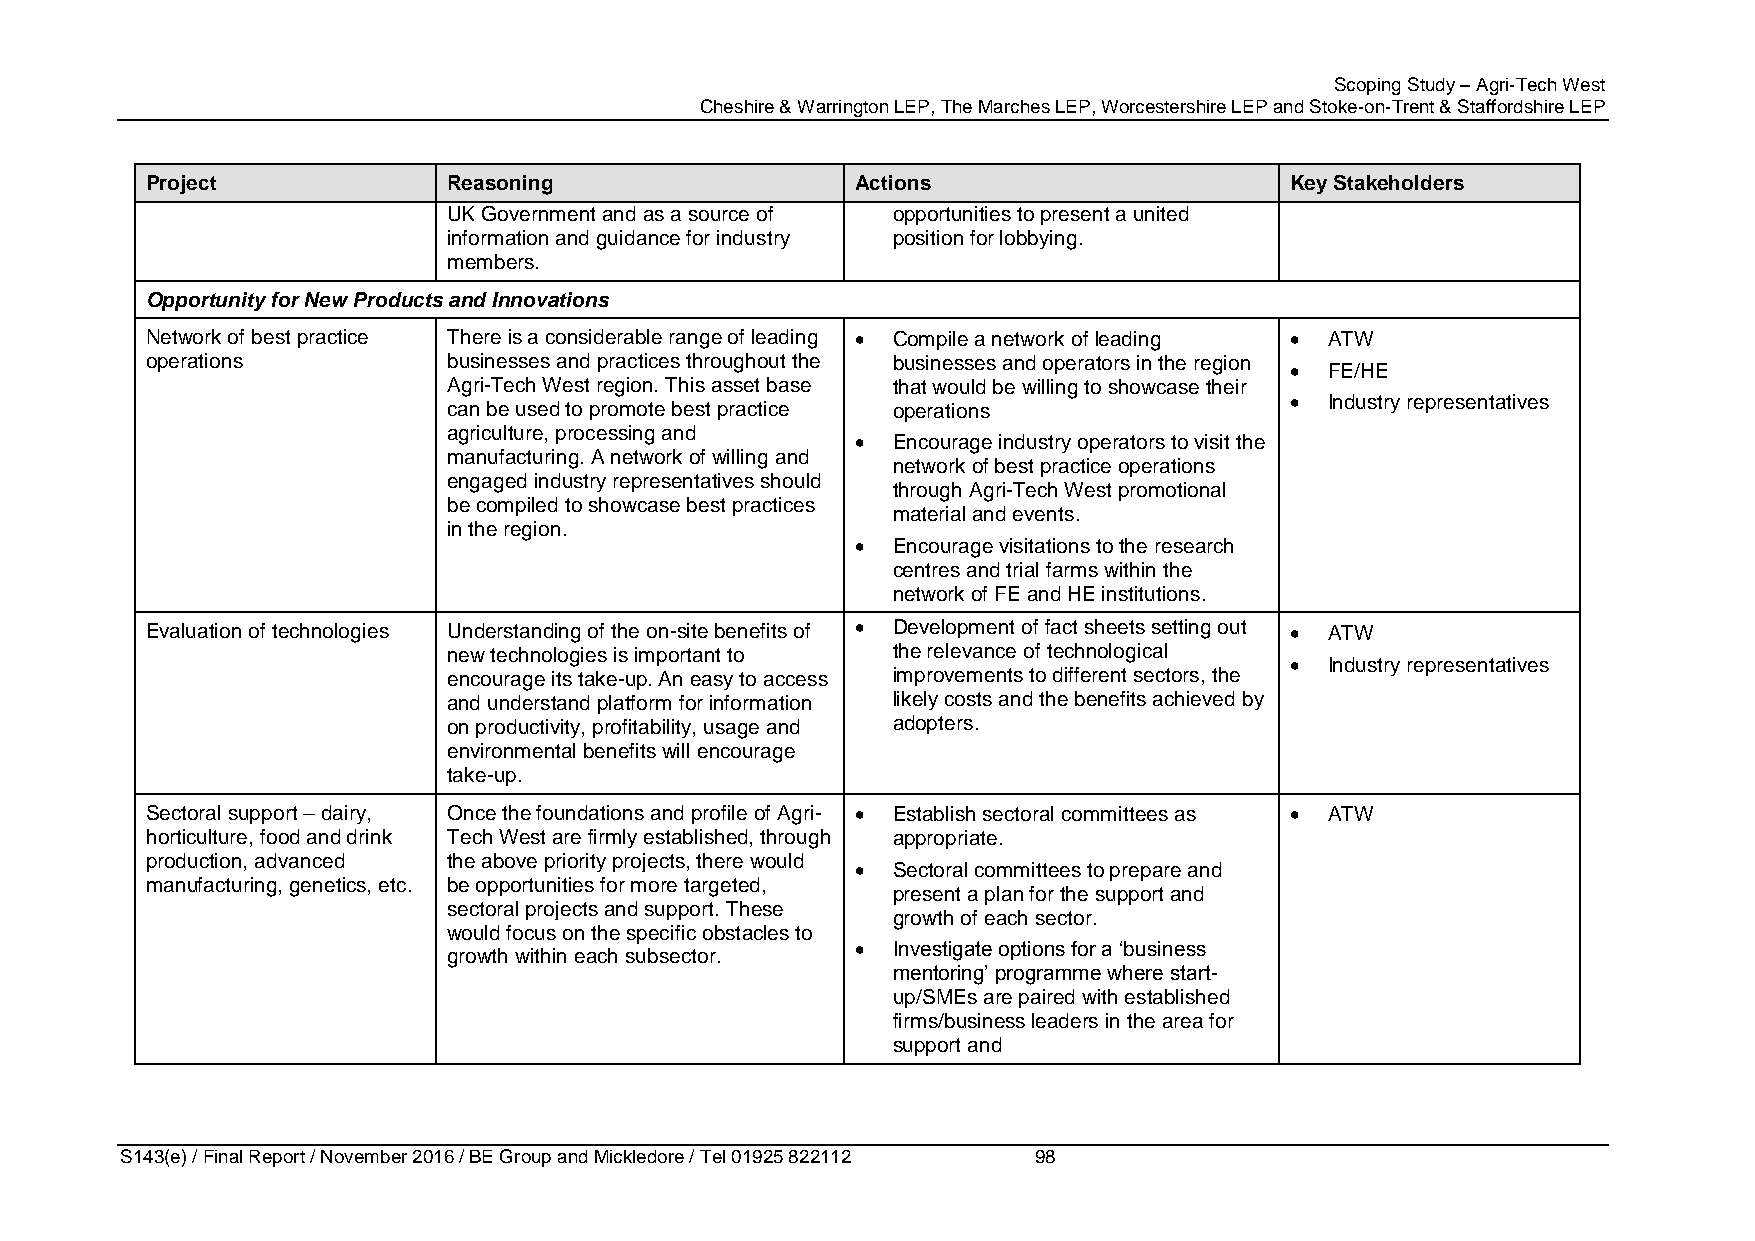
Scoping Study – Agri-Tech West
 Cheshire & Warrington LEP, The Marches LEP, Worcestershire LEP and Stoke-on-Trent & Staffordshire LEP
 Project             Reasoning                  Actions                     Key Stakeholders
 UK Government and as a source of opportunities to present a united
 information and guidance for industry position for lobbying.
 members.
 Opportunity for New Products and Innovations
 Network of best practice There is a considerable range of leading  Compile a network of leading  ATW
 operations          businesses and practices throughout the businesses and operators in the region
   FE/HE
 Agri-Tech West region. This asset base that would be willing to showcase their
   Industry representatives
 can be used to promote best practice operations
 agriculture, processing and
  Encourage industry operators to visit the
 manufacturing. A network of willing and
 network of best practice operations
 engaged industry representatives should
 through Agri-Tech West promotional
 be compiled to showcase best practices
 material and events.
 in the region.
  Encourage visitations to the research
 centres and trial farms within the
 network of FE and HE institutions.
 Evaluation of technologies Understanding of the on-site benefits of  Development of fact sheets setting out  ATW
 new technologies is important to the relevance of technological
   Industry representatives
 encourage its take-up. An easy to access improvements to different sectors, the
 and understand platform for information likely costs and the benefits achieved by
 on productivity, profitability, usage and adopters.
 environmental benefits will encourage
 take-up.
 Sectoral support – dairy, Once the foundations and profile of Agri-  Establish sectoral committees as  ATW
 horticulture, food and drink Tech West are firmly established, through appropriate.
 production, advanced the above priority projects, there would
  Sectoral committees to prepare and
 manufacturing, genetics, etc. be opportunities for more targeted,
 present a plan for the support and
 sectoral projects and support. These
 growth of each sector.
 would focus on the specific obstacles to
  Investigate options for a ‘business
 growth within each subsector.
 mentoring’ programme where start-
 up/SMEs are paired with established
 firms/business leaders in the area for
 support and
 S143(e) / Final Report / November 2016 / BE Group and Mickledore / Tel 01925 822112 98